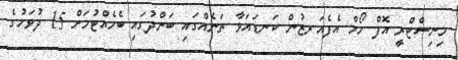
މިނިސްޓްރީ އޮފް ހޯމް އެފެއަރޒުން ކަނޑައަޅާ ތަނެއްގައި ބަންދުގައި ބެހެއްޓުމަށް 15 ދުވަހުގެ